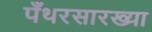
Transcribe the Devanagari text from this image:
पँथरसारख्या